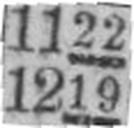
1219